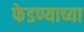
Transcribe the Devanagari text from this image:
फेडण्याच्या